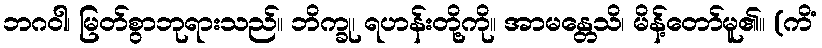
ဘဂဝါ၊ မြတ်စွာဘုရားသည်။ ဘိက္ခု၊ ရဟန်းတို့ကို။ အာမန္တေသိ၊ မိန့်တော်မူ၏။ (ကိံ